Plague in India, 1896, 1897 - Volume 2
Year: 1896
Disease focus: Plague
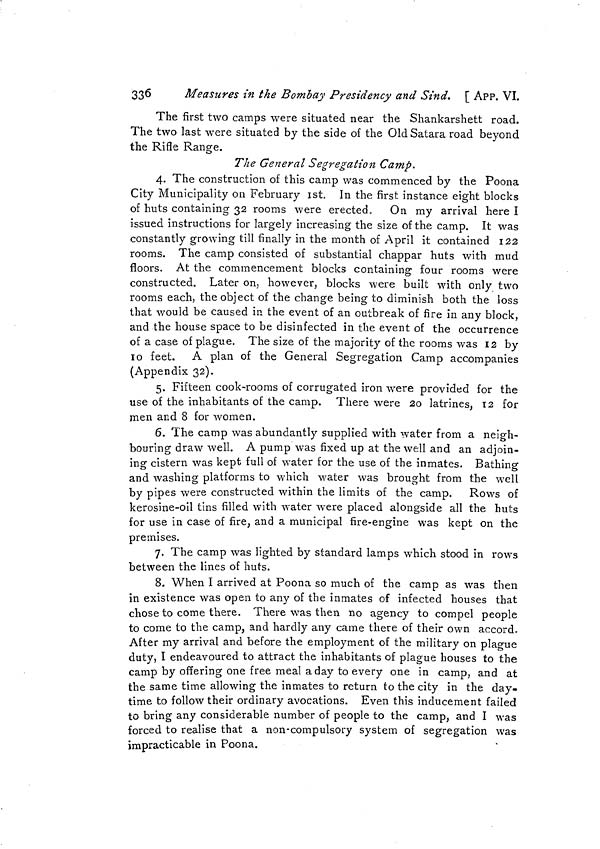
336
Measures in the Bombay Presidency and Sind. [ APP. VI.
The first two camps were situated near the Shankarshett road.
The two last were situated by the side of the OldSatara road beyond
the Rifle Range.
The General Segregation Camp.
4. The construction of this camp was commenced by the Poona
City Municipality on February 1st. In the first instance eight blocks
of huts containing 32 rooms were erected. On my arrival here I
issued instructions for largely increasing the size of the camp. It was
constantly growing till finally in the month of April it contained 122
rooms. The camp consisted of substantial chappar huts with mud
floors. At the commencement blocks containing- four rooms were
constructed. Later on, however, blocks were built with only two
rooms each, the object of the change being to diminish both the loss
that would be caused in the event of an outbreak of fire in any block,
and the house space to be disinfected in the event of the occurrence
of a case of plague. The size of the majority of the rooms was 12 by
10 feet. A plan of the General Segregation Camp accompanies
(Appendix 32).
5. Fifteen cook-rooms of corrugated iron were provided for the
use of the inhabitants of the camp. There were 20 latrines, 12 for
men and 8 for women.
6. The camp was abundantly supplied with water from a neigh-
bouring draw well. A pump was fixed up at the well and an adjoin-
ing cistern was kept full of water for the use of the inmates. Bathing
and washing platforms to which water was brought from the well
by pipes were constructed within the limits of the camp. Rows of
kerosine-oil tins filled with water were placed alongside all the huts
for use in case of fire, and a municipal fire-engine was kept on the
premises.
7. The camp was lighted by standard lamps which stood in rows
between the lines of huts.
8. When I arrived at Poona so much of the camp as was then
in existence was open to any of the inmates of infected houses that
chose to come there. There was then no agency to compel people
to come to the camp, and hardly any came there of their own accord.
After my arrival and before the employment of the military on plague
duty, I endeavoured to attract the inhabitants of plague houses to the
camp by offering one free meal a day to every one in camp, and at
the same time allowing the inmates to return to the city in the day-
time to follow their ordinary avocations. Even this inducement failed
to bring any considerable number of people to the camp, and I was
forced to realise that a non-compulsory system of segregation was
impracticable in Poona.